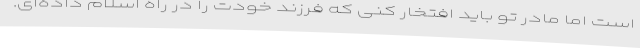
است اما مادر تو باید افتخار کنی که فرزند خودت را در راه اسلام داده‌ای.